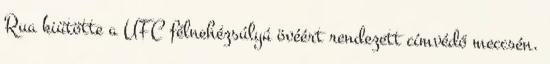
Rua kiütötte a UFC félnehézsúlyú övéért rendezett címvédő meccsén.